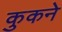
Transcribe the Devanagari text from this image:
कुकने